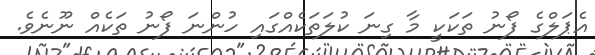
އެޕަލްގެ ފޯނު ތަކަކީ މާ ގިނަ ކުލަތަކެއްގައި ހުންނަ ފޯނު ތަކެއް ނޫނެވެ.